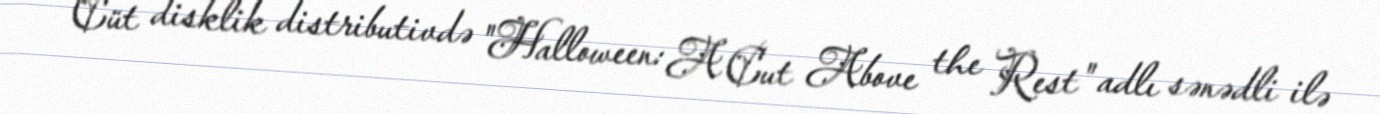
Cüt disklik distributivdə "Halloween: A Cut Above the Rest" adlı sənədli ilə